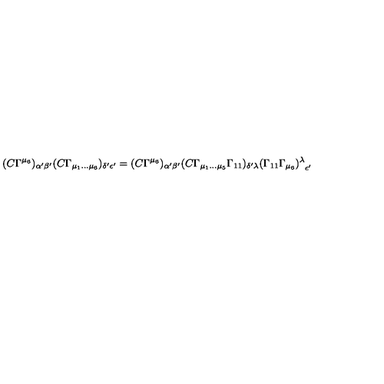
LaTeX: ( C \Gamma ^ { \mu _ { 6 } } ) _ { \alpha { ' } \beta { ' } } ( C \Gamma _ { \mu _ { 1 } \dots \mu _ { 6 } } ) _ { \delta { ' } \epsilon { ' } } = ( C \Gamma ^ { \mu _ { 6 } } ) _ { \alpha { ' } \beta { ' } } ( C \Gamma _ { \mu _ { 1 } \dots \mu _ { 5 } } \Gamma _ { 1 1 } ) _ { \delta { ' } \lambda } { ( \Gamma _ { 1 1 } \Gamma _ { \mu _ { 6 } } ) ^ { \lambda } } _ { \epsilon { ' } }